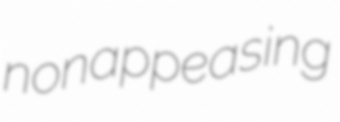
nonappeasing